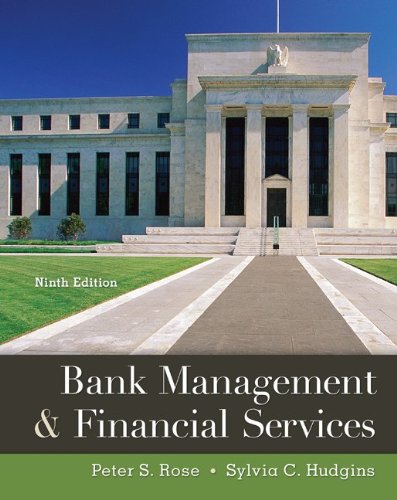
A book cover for Bank Management & Financial Services; Peter Rose; Business & Money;